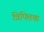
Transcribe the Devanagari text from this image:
त्रिपितक